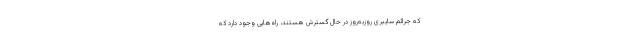
که جرائم سایبری روزبه‌روز در حال گسترش هستند، راه‌هایی وجود دارد که